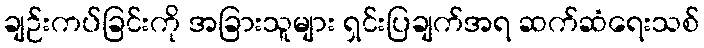
ချဉ်းကပ်ခြင်းကို အခြားသူများ ရှင်းပြချက်အရ ဆက်ဆံရေးသစ်